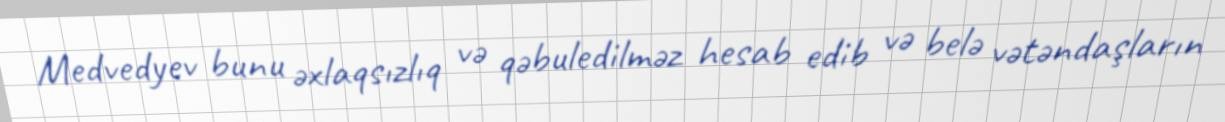
Medvedyev bunu əxlaqsızlıq və qəbuledilməz hesab edib və belə vətəndaşların